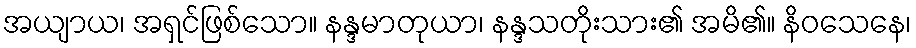
အယျာယ၊ အရှင်ဖြစ်သော။ နန္ဒမာတုယာ၊ နန္ဒသတိုးသား၏ အမိ၏။ နိဝသေနေ၊